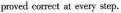
proved corect at every step.